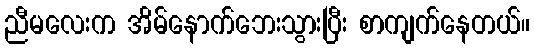
ညီမလေးက အိမ်နောက်ဘေးသွားပြီး စာကျက်နေတယ်။